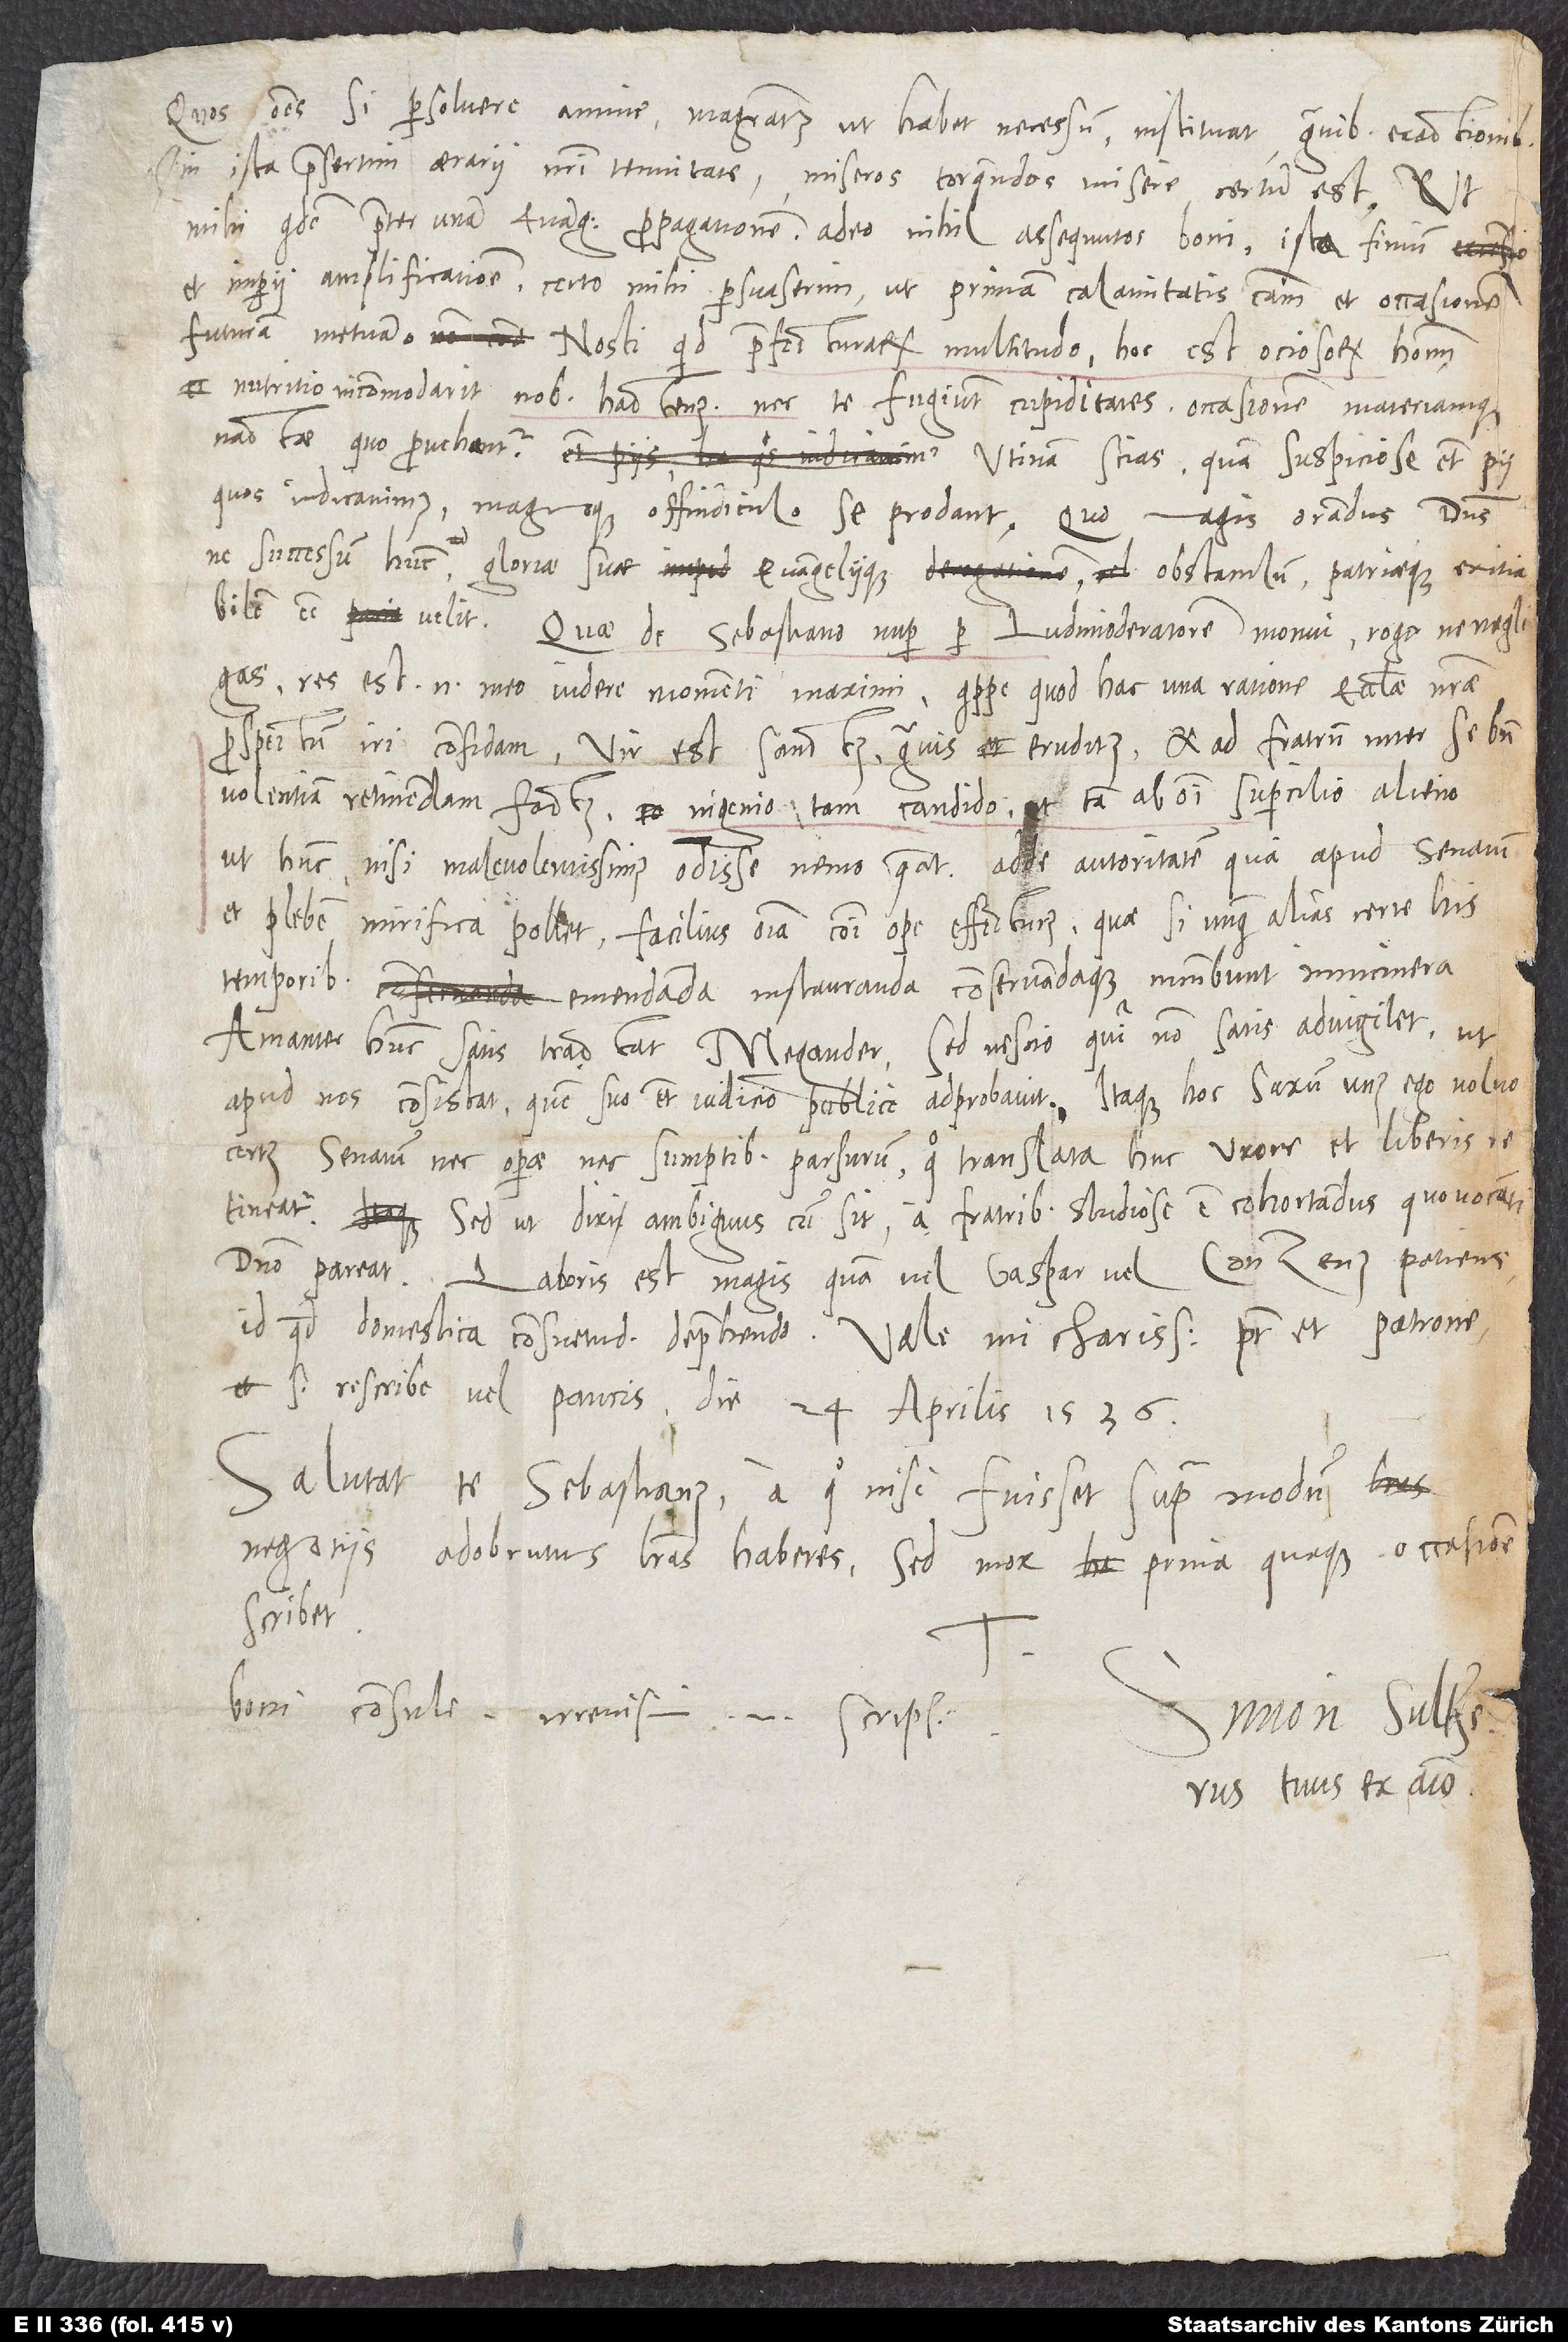
Quos omnes si persolvere annue magistratus, ut habet necessum, instituat, gravibus exactionibus
in ista praesertim aerarii nostri tenuitate miseros torquendos misere certum est, ut
mihi quidem praeter unam evangelii propagationem adeo nihil assequutos boni ista finium
et imperii amplificatione certo mihi persuaserim, ut primam calamitatis causam et occasionem
futuram metuam. Nosti, quid praefecturarum multitudo, hoc est, ociosorum hominum
nutritio ad, incommodant nobis hactenus, nec te fugiunt, cupiditates occasionem materiamque
nactae quo provehantur ae. Utinam scias, quam suspiciose etiam pu,
quos iudicavimus, magnoque offendiculo se prodant. Quo magis orandus dominus,
ne successum hunc af gloriae suae ag evangeliique ah obstaculum patriaeque exitiabilem
Quae de Sebastiano nuper per ludimoderatorem monui, rogo, ne negligas.
Res est enim meo videre momenti maximi, quippe quod hac una ratione ecclesiae nostrae
prospectum in confidam. Vir est sanctus, gravis ak, eruditus et ad fratrum inter se
benevolentiam retinendam factus, ingenio al tam candido et tam ab omni supercilio alieno,
ut hunc nisi malevolentissimus odisse nemo queat. Adde autoritatem, qua apud senatum
et plebem mirifica pollet facilius omnia communi ope effecturus, quae, si unquam alias, certe his
temporibus emendanda am instauranda, conservandaque incumbunt innumera.
Amanter hunc satis tractat Megander, sed nescio, quin non satis advigilet,
apud nos consistat, quem suo etiam iudicio publice adprobavit. Itaque hoc saxum unus ego volvo certus
senatum nec operae nec sumptibus parsurum, quo translata huc uxore et liberis
Sed an, ut dixi, ambiguus cum sit, a fratribus studiose est cohortandus, quo vocanti
domino pareat. Laboris est magis quam vel Gaspar vel Conzenus patiens,
Salutat te Sebastianus, a quo, nisi fuisset supra modum
negotiis adobrutus, literas Haberes. Sed mox aq prima quaque occasione
scribet
Boni consule; irrevisim enim scripsi.
Simon Sultzerus,